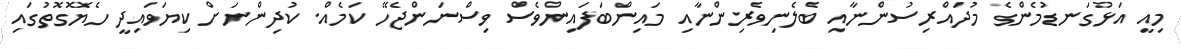
މިއީ އަޅުގަނޑުމެންގެ މުދައްރިސުންނާއި ބެލެނިވެރިންނާއި މައިންބަފައިންވެސް ވިސްނަންޖެހޭ ކަމެއް. ކުދިންނަށް ކިޔަވައިދީ ހެޔޮގޮތުގައި